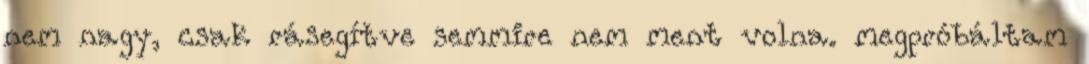
nem nagy, csak rásegítve semmire nem ment volna. megpróbáltam